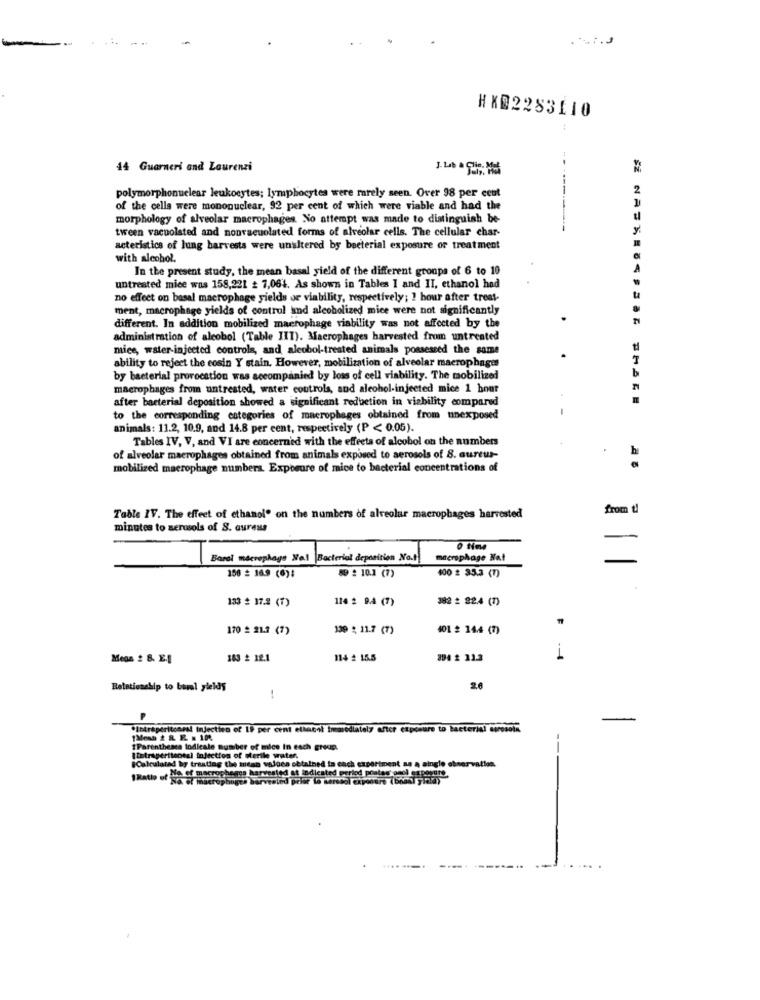
HK@2283110
44 Guarneri and Laurenzi
---
2
polymorphonuclear leukocytes; lymphocytes were rarely seen. Over 98 per cent
of the cells were mononuclear, 92 per cent of which were viable and had the
morphology of alveolar macrophages. No attempt was made to distinguish be-
tween vacuolsted and nonvacuolated forms of alveolar cells. The cellular char-
acteristics of lung barvests were unaltered by bacterial exposure or treatment
with alcohol.
In the present study, the mean basal yield of the different groups of 6 to 10
untreated mice was 158,221 # 7,064. As shown in Tables I and II, ethanol had
no effect on basal macrophage yields or viability, respectively; 1 hour after trest-
ment, macrophage yields of control and alcoholized mice were not significantly
different. In addition mobilized macrophage viability was not affected by the
administration of alcohol (Table IIT). Macrophages harvested from untreated
mice, water-injected controls, and aleobol-treated animals possessed the same
ability to reject the eosin Y stain. However, mobilization of alveolar macrophages
by bacterial provocation was accompanied by loss of cell viability. The mobilized
macrophages from untreated, water controls, and alcohol-injected mice 1 hour
after bacterial deposition showed a significant reduction in viability compared
-
to the corresponding categories of macrophages obtained from unexposed
animals: 11.2, 10.9, and 14.8 per cent, respectively (P < 0.05).
Tables IV, V, and VI are concerned with the effects of alcohol on the numbers
of alveolar macrophages obtained from animals exposed to aerosols of S. aureus-
h
mobilized macrophage numbers. Exposure of mice to bacterial concentrations of
from t
Table IV. The effect of ethanol" on the numbers of alveolar macrophages harvested
minutes to serwsols of S. aureus
Barai macrophage Mal Bacterial deposition Not
macrophage Nat
150 = 16.9 (6):
59 : 10.1 (7)
400 2 35.3 (7)
133 # 17.2 (7)
114 2 9.4 (7)
382 2 22.4 (1)
F
170 _ 21.3 (7)
139 $ 11.7 (7)
401 : 14.4 (7)
Mega # 8. E.1
183 2 12.1
114 # 15.5
894 2 11.3
1
Retationship to borl yields
26
-
*Intraperitoneal Injectien of 19 per cent ethacol Imosodiately after exposure to bacterial borosola
--
IParentheses todicale number of mice In each group.
Intraperitoneal injection of sterile water.
Calculated by traating the me
et macrophegge harve
ag the mean values obtained ta each experiment an a single observation.
1Ratio of Ne CE mesmo